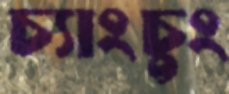
চ্যাংচুং